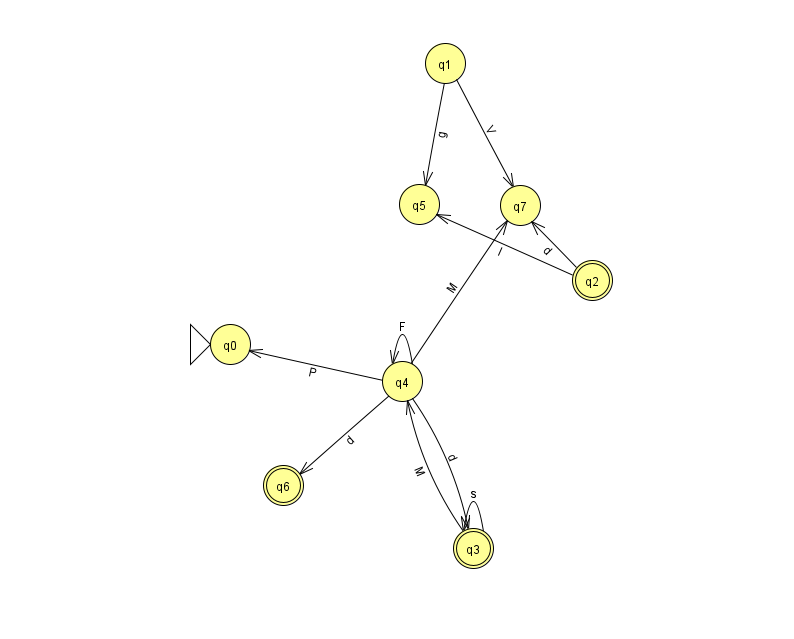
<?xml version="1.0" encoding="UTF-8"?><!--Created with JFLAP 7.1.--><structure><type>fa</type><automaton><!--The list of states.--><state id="0" name="q0"><x>230.0</x><y>331.0</y><initial/></state><state id="1" name="q1"><x>445.0</x><y>50.0</y></state><state id="2" name="q2"><x>592.0</x><y>267.0</y><final/></state><state id="3" name="q3"><x>473.0</x><y>535.0</y><final/></state><state id="4" name="q4"><x>402.0</x><y>368.0</y></state><state id="5" name="q5"><x>419.0</x><y>191.0</y></state><state id="6" name="q6"><x>283.0</x><y>472.0</y><final/></state><state id="7" name="q7"><x>520.0</x><y>192.0</y></state><!--The list of transitions.--><transition><from>1</from><to>7</to><read>V</read></transition><transition><from>3</from><to>3</to><read>s</read></transition><transition><from>3</from><to>4</to><read>M</read></transition><transition><from>4</from><to>4</to><read>F</read></transition><transition><from>4</from><to>6</to><read>d</read></transition><transition><from>4</from><to>0</to><read>P</read></transition><transition><from>2</from><to>5</to><read>I</read></transition><transition><from>4</from><to>7</to><read>M</read></transition><transition><from>2</from><to>7</to><read>d</read></transition><transition><from>4</from><to>3</to><read>d</read></transition><transition><from>1</from><to>5</to><read>g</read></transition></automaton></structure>